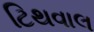
ટિથવાલ